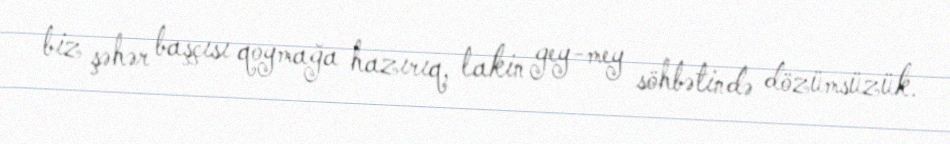
biz şəhər başçısı qoymağa hazırıq, lakin gey-mey söhbətində dözümsüzük.